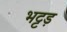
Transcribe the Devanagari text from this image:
भट्टड़